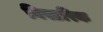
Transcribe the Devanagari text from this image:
विस्टरिक